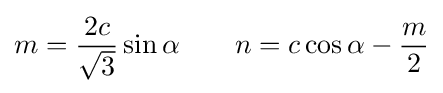
m={\frac {2c}{\sqrt {3}}}\sin \alpha \quad \quad n=c\cos \alpha -{\frac {m}{2}}